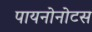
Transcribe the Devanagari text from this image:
पायनोनोटस